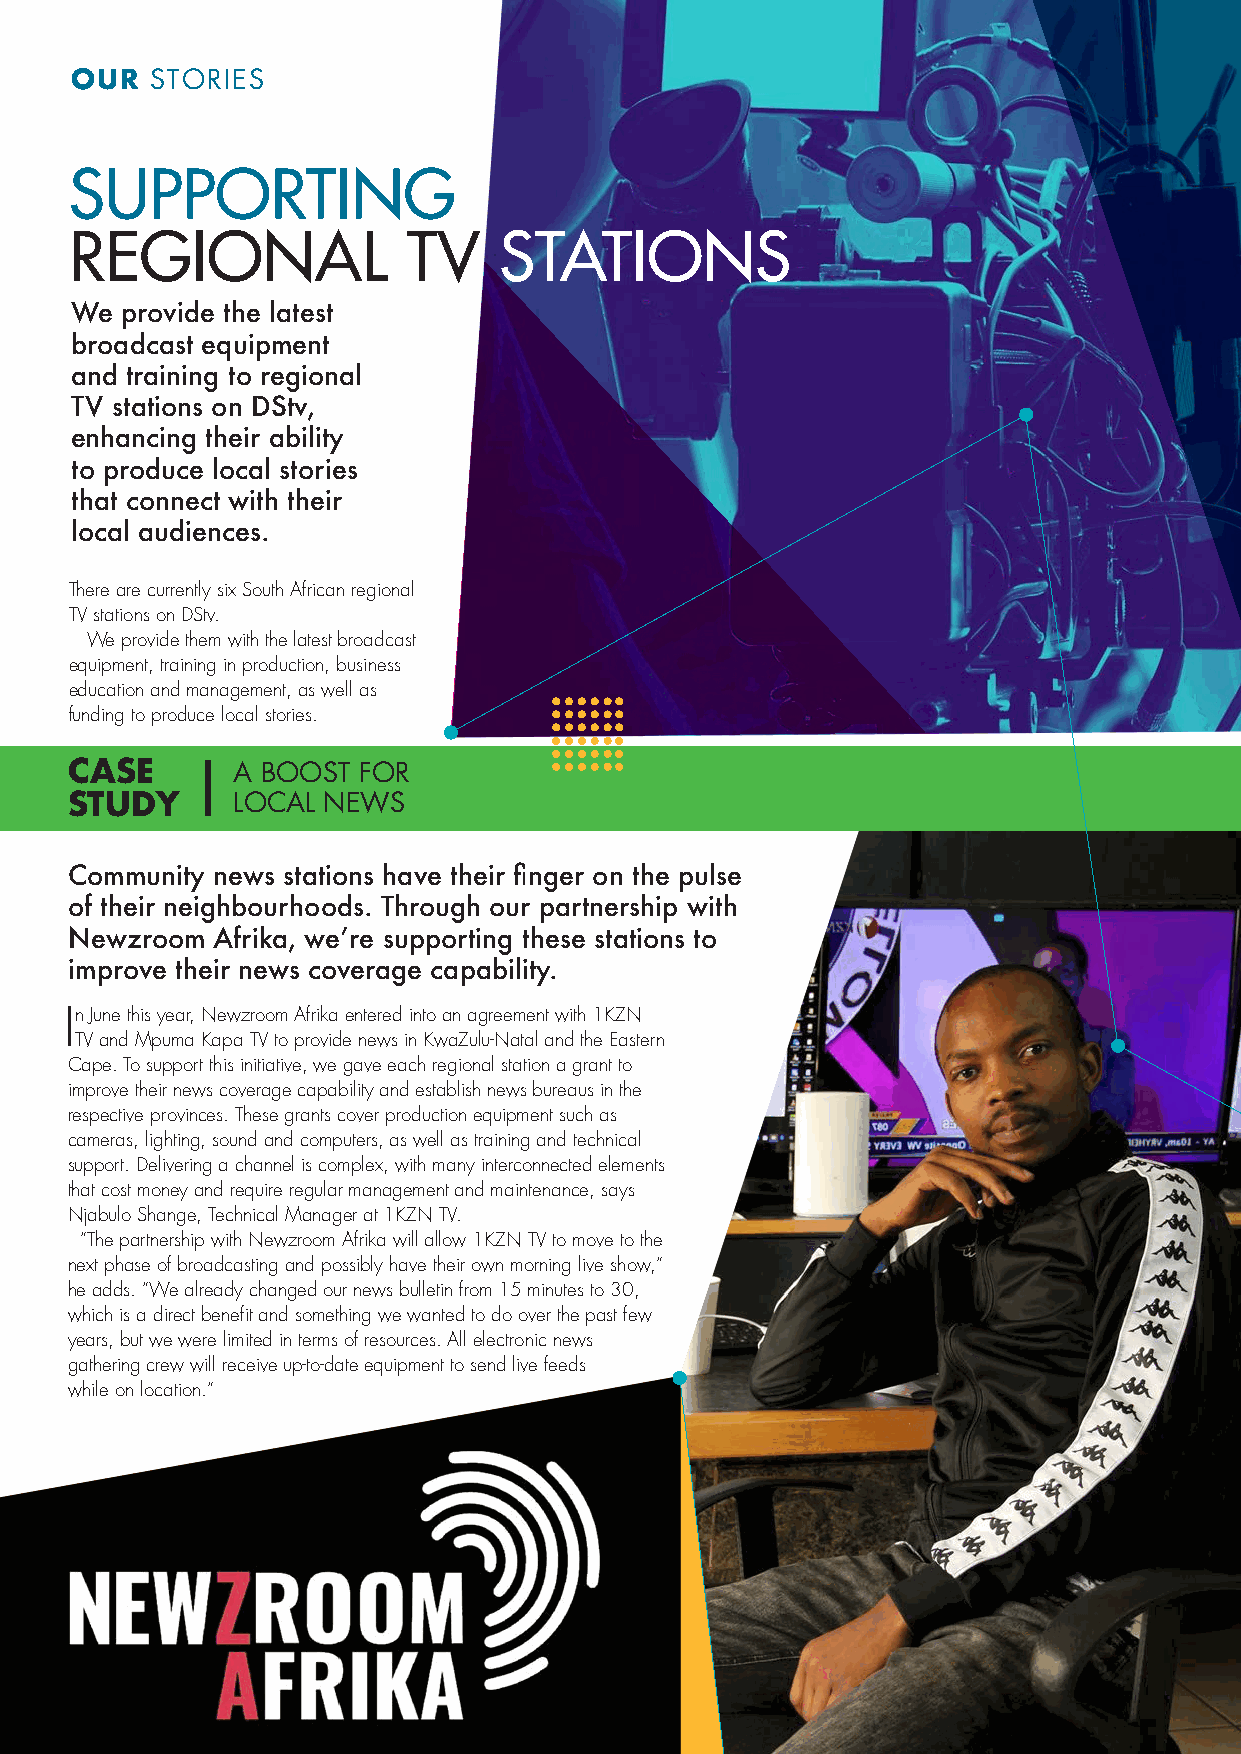
OUR  STORIES
 SUPPORTING
 REGIONAL              TV    STATIONS
 We provide the latest
 broadcast equipment
 and training to regional
 TV stations on DStv,
 enhancing their ability
 to produce local stories
 that connect with their
 local audiences.
 There are currently six South African regional
 TV stations on DStv.
 We provide them with the latest broadcast
 equipment, training in production, business
 education and management, as well as
 funding to produce local stories.
 CASE       A BOOST  FOR
 STUDY      LOCAL NEWS
 Community news stations have their finger on the pulse
 of their neighbourhoods. Through our partnership with
 Newzroom Afrika, we’re supporting these stations to
 improve their news coverage capability.
 In June this year, Newzroom Afrika entered into an agreement with 1KZN
 TV and Mpuma Kapa TV to provide news in KwaZulu-Natal and the Eastern
 Cape. To support this initiative, we gave each regional station a grant to
 improve their news coverage capability and establish news bureaus in the
 respective provinces. These grants cover production equipment such as
 cameras, lighting, sound and computers, as well as training and technical
 support. Delivering a channel is complex, with many interconnected elements
 that cost money and require regular management and maintenance, says
 Njabulo Shange, Technical Manager at 1KZN TV.
 “The partnership with Newzroom Afrika will allow 1KZN TV to move to the
 next phase of broadcasting and possibly have their own morning live show,”
 he adds. “We already changed our news bulletin from 15 minutes to 30,
 which is a direct benefit and something we wanted to do over the past few
 years, but we were limited in terms of resources. All electronic news
 gathering crew will receive up-to-date equipment to send live feeds
 while on location.”